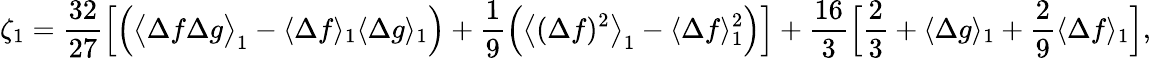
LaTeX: \begin{array}{ccc}{\displaystyle{\zeta_{1}=\frac{32}{27}\Big[\Big(\big\langle\Delta f\Delta g\big\rangle_{1}-\langle\Delta f\rangle_{1}\langle\Delta g\rangle_{1}\Big)+\frac{1}{9}\Big(\big\langle(\Delta f)^{2}\big\rangle_{1}-\langle\Delta f\rangle_{1}^{2}\Big)\Big]+\frac{16}{3}\Big[\frac{2}{3}+\langle\Delta g\rangle_{1}+\frac{2}{9}\langle\Delta f\rangle_{1}\Big],}}\end{array}